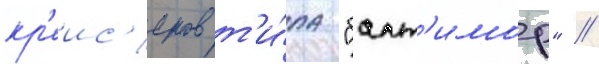
кр'еис'еров т'и́па "балт'имор" //